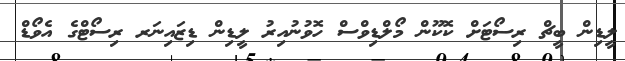
ލީޑިން ބީޗް ރިސޯޓަށް ކޮކޫން މޯލްޑިވްސް ހޮވުނުއިރު ލީޑިން ޑިޒައިނަރ ރިސޯޓްގެ އެވޯޑް